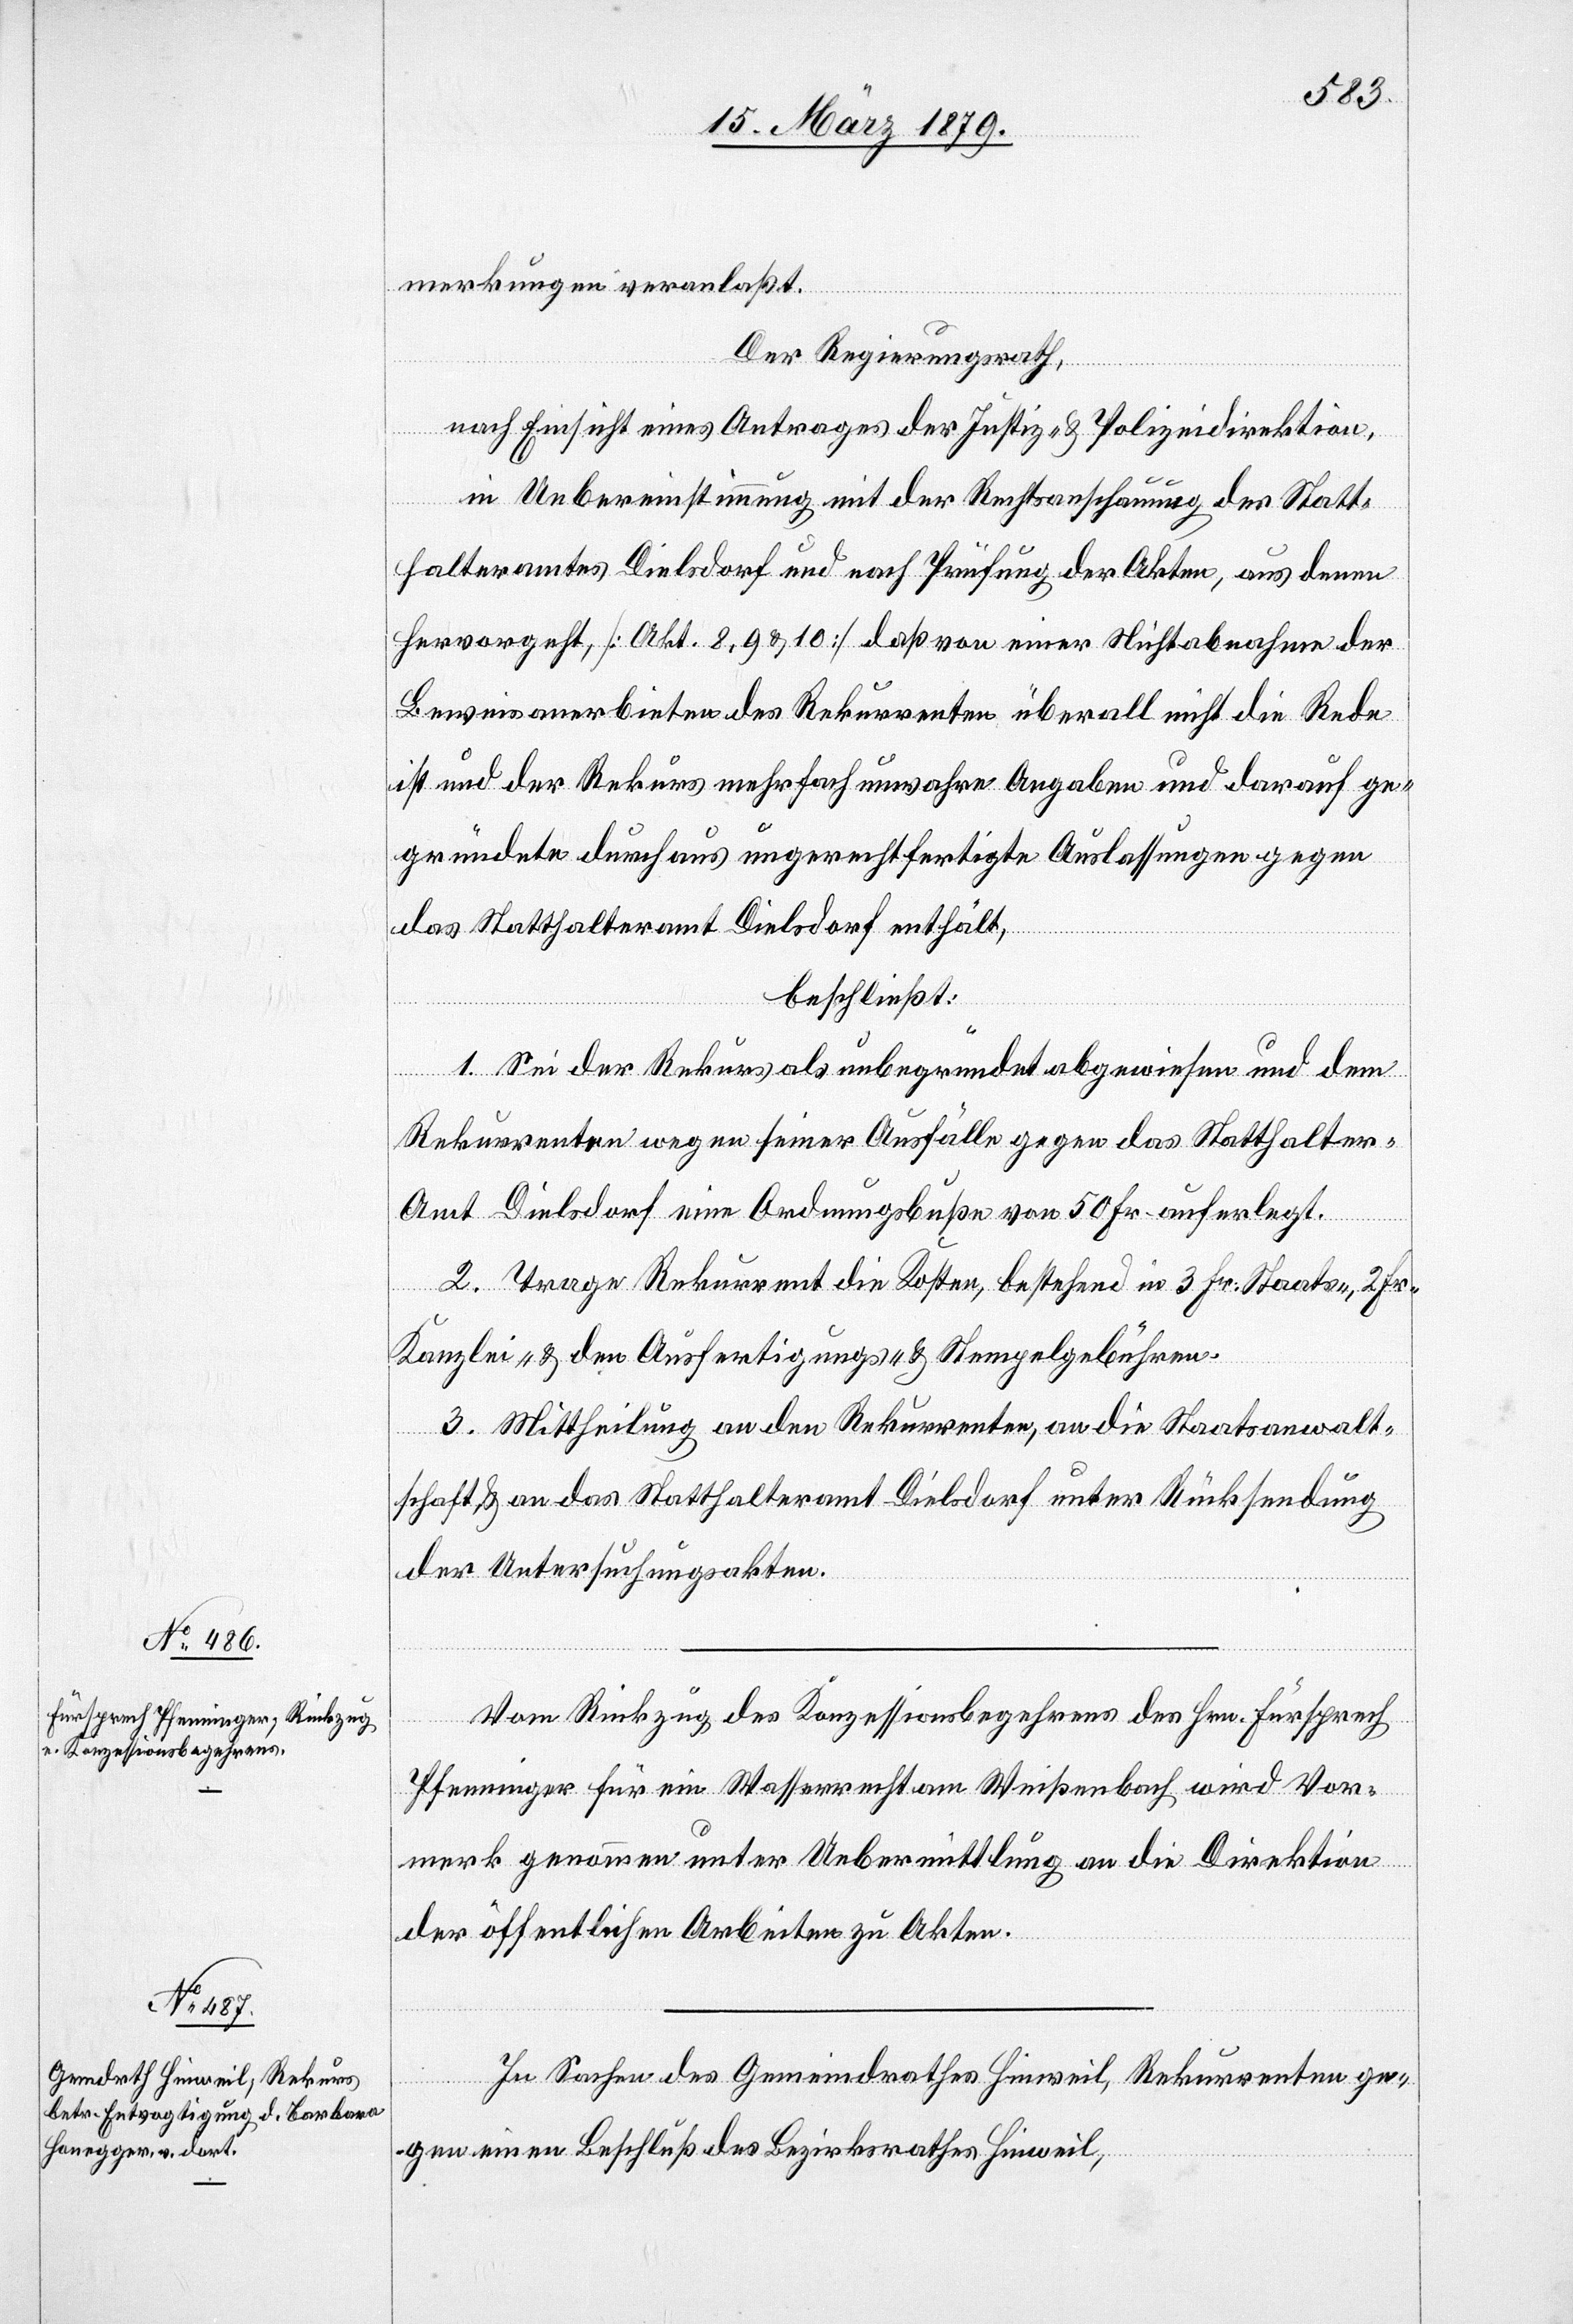
merkungen veranlaßt.
Der Regierungsrath,
nach Einsicht eines Antrages der Justiz- & Polizeidirektion,
in Uebereinstimmung mit der Rechtsanschauung des Statt¬
halteramtes Dielsdorf und nach Prüfung der Akten, aus denen
hervorgeht, [Akt. 8, 9 & 10] daß von einer Nichtabnahme der
Beweisanerbieten des Rekurrenten überall nicht die Rede
ist und der Rekurs mehrfach unwahre Angaben und darauf ge¬
gründete durchaus ungerechtfertigte Auslassungen gegen
das Statthalteramt Dielsdorf enthält,
beschließt:
1. Sei der Rekurs als unbegründet abgewiesen und dem
Rekurrenten wegen seiner Ausfälle gegen das Statthalter¬
amt Dielsdorf eine Ordnungsbuße von 50 Fr. auferlegt.
2. Trage Rekurrent die Kosten, bestehend in 3 Fr. Staats-, 2 Fr
Kanzlei- & den Ausfertigungs- & Stempelgebühren.
3. Mittheilung an den Rekurrenten, an die Staatsanwalt¬
schaft, & an das Statthalteramt Dielsdorf unter Rücksendung
der Untersuchungsakten.
Vom Rückzug des Konzessionsbegehrens des Hrn. Fürsprech
Pfenninger für ein Wasserrecht am Weißenbach wird Vor¬
merk genommen unter Uebermittlung an die Direktion
der öffentlichen Arbeiten zu Akten.
In Sachen des Gemeindrathes Hinweil, Rekurrenten ge¬
gen einen Beschluß des Bezirksrathes Hinweil,